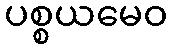
ပစ္စယမေဝ